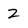
Character: 2